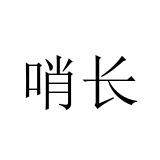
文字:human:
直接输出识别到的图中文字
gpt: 哨长